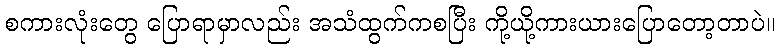
စကားလုံးတွေ ပြောရာမှာလည်း အသံထွက်ကစပြီး ကို့ယို့ကားယားပြောတော့တာပဲ။